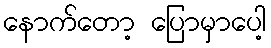
နောက်တော့ ပြောမှာပေါ့